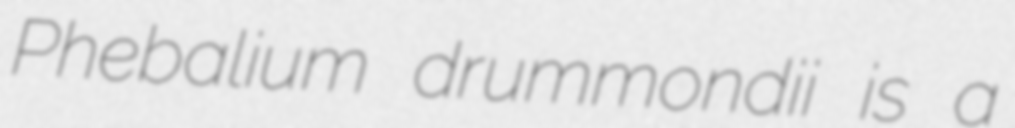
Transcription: Phebalium drummondii is a